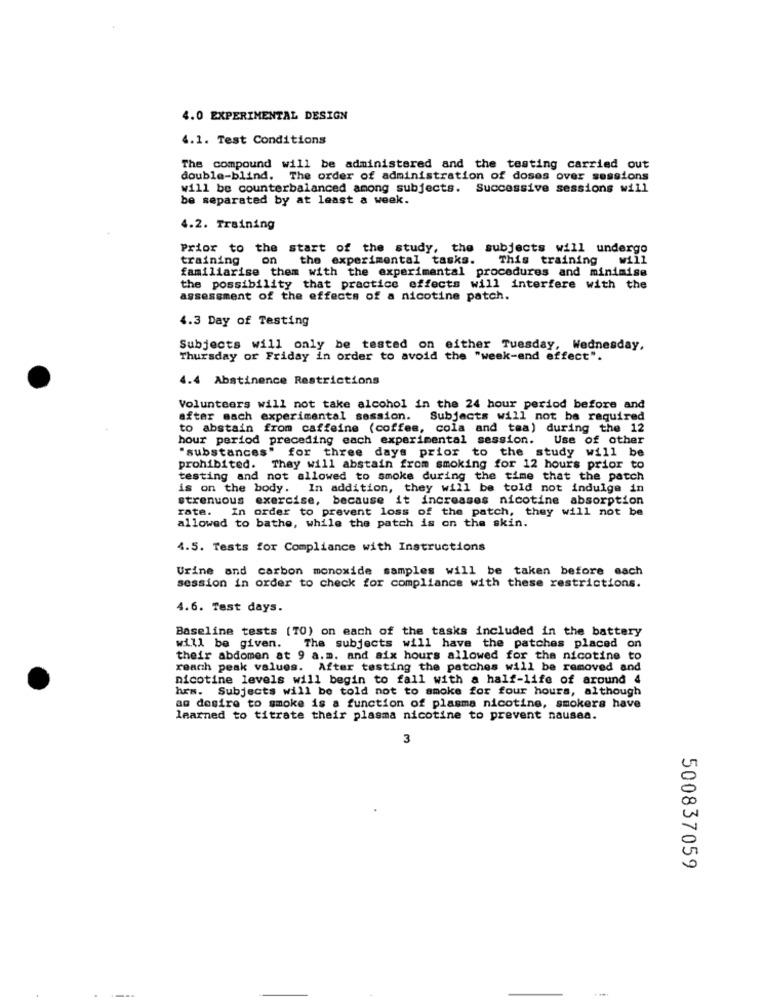
4.0 EXPERIMENTAL DESIGN
4.1. Test Conditions
The compound will be administered and the testing carried out
double-blind. The order of administration of doses over sessions
will be counterbalanced among subjects. Successive sessions will
be separated by at least a week.
4.2. Training
Prior to the
start of the study, the subjects will undergo
training
on
the experimental tasks.
This training will
familiarise them with the experimental procedures and minimise
the possibility that practice effects will interfere with the
assessment of the effects of a nicotine patch.
4.3 Day of Testing
Subjects will only be tested on either Tuesday, Wednesday,
Thursday or Friday in order to avoid the "week-end effect".
4.4 Abstinence Restrictions
Volunteers will not take alcohol in the 24 hour period before and
after each experimental session. Subjects will not be required
to abstain from caffeine (coffee, cola and tea) during the 12
hour period preceding each experimental session.
Use of other
"substances" for three days prior to the study will be
prohibited. They will abstain from smoking for 12 hours prior to
testing and not allowed to smoke during the time that the patch
is on the body. In addition, they will be told not indulge in
strenuous exercise, because it increases nicotine absorption
rate.
In order to prevent loss of the patch, they will not be
allowed to bathe, while the patch is on the skin.
4.5. Tests for Compliance with Instructions
Urine and carbon monoxide samples will be taken before each
session in order to check for compliance with these restrictions.
4.6. Test days.
Baseline tests (TO) on each of the tasks included in the battery
will be given. The subjects will have the patches placed on
their abdomen at 9 a.m. and aix hours allowed for the nicotine to
reach peak values. After testing the patches will be removed and
nicotine levels will begin to fall with a half-life of around 4
hrs. Subjects will be told not to smoke for four hours, although
ag desire to smoke is a function of plasma nicotine, smokers have
learned to titrate their plasma nicotine to prevent nausea.
3
500837059